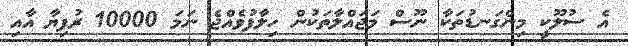
އެ ސުލޫކީ މިންގަނޑުތަކާ ނޫސް މަޖައްލާތަކުން ހިލާފުވެއްޖެ ނަމަ 10000 ރުފިޔާ އާއި